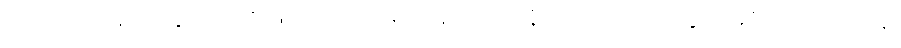
ပရိယောဂါဟေတွာ၊ ဉာဏ်ဖြင့်သက်ဝင်၍။ အပ္ပသာဒနိယေ၊ ကြည်ညိုဖွယ်မရှိသော။ ဌာနေ၊